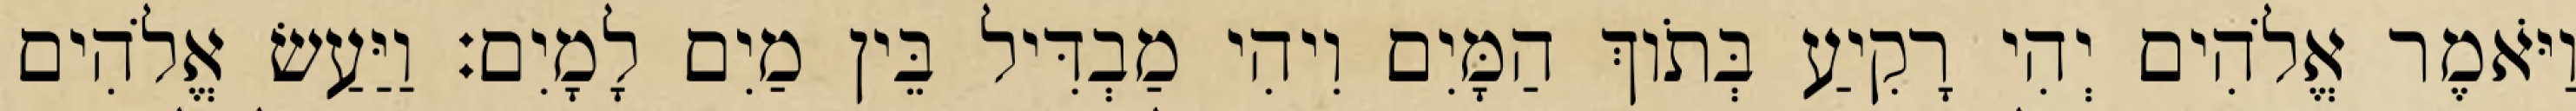
וַיֹּאמֶר אֱלֹהִים יְהִי רָקִיעַ בְּתֹוךְ הַמָּיִם וִיהִי מַבְדִּיל בֵּין מַיִם לָמָיִם׃ וַיַּעַשׂ אֱלֹהִים